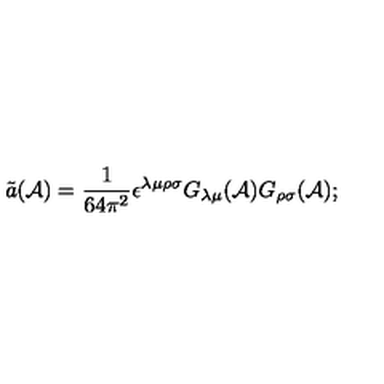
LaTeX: \tilde { a } ( { \cal A } ) = \frac { 1 } { 6 4 \pi ^ { 2 } } \epsilon ^ { \lambda \mu \rho \sigma } G _ { \lambda \mu } ( { \cal A } ) G _ { \rho \sigma } ( { \cal A } ) ;